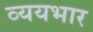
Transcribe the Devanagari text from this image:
व्ययभार